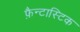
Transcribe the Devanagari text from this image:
फ़ैन्टास्टिक